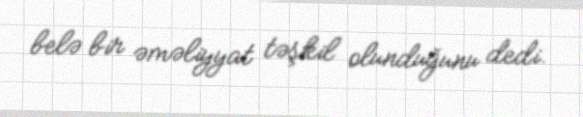
belə bir əməliyyat təşkil olunduğunu dedi.